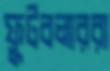
ফুটবলাররা